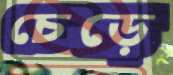
চেড়ে